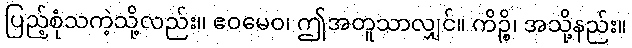
ပြည့်စုံသကဲ့သို့လည်း။ ဧဝမေဝ၊ ဤအတူသာလျှင်။ ကိဉ္စိ၊ အသို့နည်း။